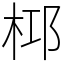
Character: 桏